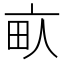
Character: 𰢾